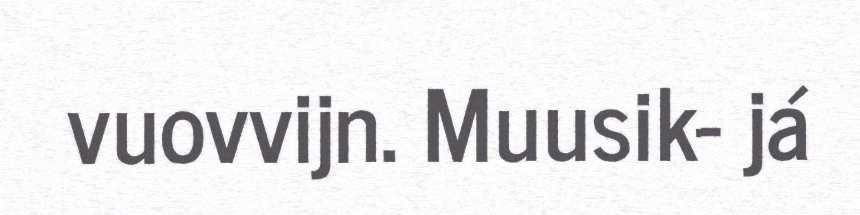
vuovvijn. Muusik- já